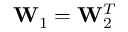
\mathbf { W } _ { 1 } = \mathbf { W } _ { 2 } ^ { T }